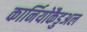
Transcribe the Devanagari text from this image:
कार्नियोकैडुअल